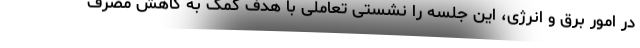
در امور برق و انرژی، این جلسه را نشستی تعاملی با هدف کمک به کاهش مصرف